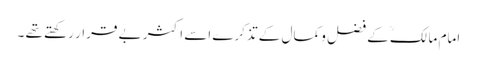
امام مالکؒ کے فضل و کمال کے تذکرے اسے اکثر بے قرار رکھتے تھے ۔